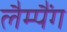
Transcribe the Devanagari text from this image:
लैम्पैंग